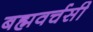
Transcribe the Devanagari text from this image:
बह्मवर्चसी